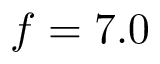
f = 7 . 0